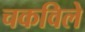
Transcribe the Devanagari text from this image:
चकविले